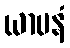
ယာပနံ